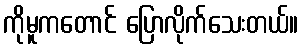
ကိုမူကတောင် ပြောလိုက်သေးတယ်။